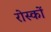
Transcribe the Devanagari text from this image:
रोस्कों